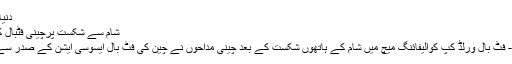
دنیا بھر سے شریک...	مزید پڑھئے
شام سے شکست پرچینی فٹبال کے سربراہ سے استعفے کا مطالبہ
08 اکتوبر ، 2016	بیجنگ - - - فٹ بال ورلڈ کپ کوالیفائنگ میچ میں شام کے ہاتھوں شکست کے بعد چینی مداحوں نے چین کی فٹ بال ایسوسی ایشن کے صدر سے مستعفی ہونے کا مطالبہ کیا ہے۔